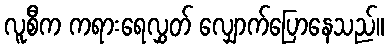
လူစီက ကရားရေလွှတ် လျှောက်ပြောနေသည်။